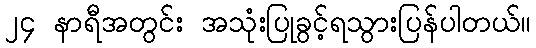
၂၄ နာရီအတွင်း အသုံးပြုခွင့်ရသွားပြန်ပါတယ်။